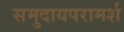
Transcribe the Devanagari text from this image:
समुदायपरामर्श